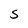
Character: S